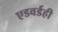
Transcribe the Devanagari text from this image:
एडवर्डही